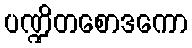
ပဏ္ဍိတစောဒကော